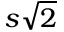
s \sqrt { 2 }